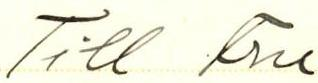
Till Fru